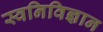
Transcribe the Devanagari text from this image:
स्वनिविज्ञान